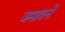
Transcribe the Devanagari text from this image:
जमावने